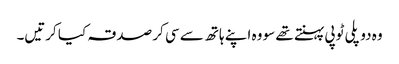
وہ دو پلی ٹوپی پہنتے تھے سو وہ اپنے ہاتھ سے سی کر صدقہ کیا کرتیں۔